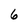
Character: 6